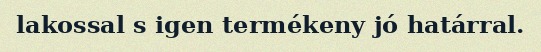
lakossal s igen termékeny jó határral.